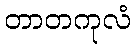
တာတကုလံ